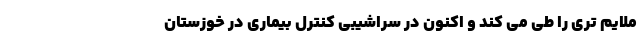
ملایم تری را طی می کند و اکنون در سراشیبی کنترل بیماری در خوزستان